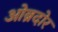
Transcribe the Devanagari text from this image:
ओब्रदोर